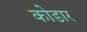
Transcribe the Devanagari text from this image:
कोडार